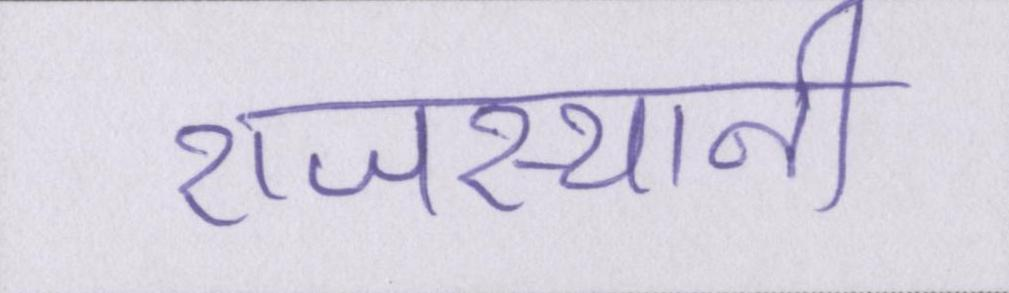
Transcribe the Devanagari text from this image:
राजस्थानी